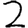
Digit: 2